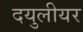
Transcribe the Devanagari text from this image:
दयुलीयर